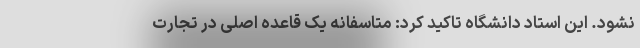
نشود. این استاد دانشگاه تاکید کرد: متاسفانه یک قاعده اصلی در تجارت